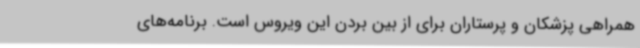
همراهی پزشکان و پرستاران برای از بین بردن این ویروس است. برنامه‌های